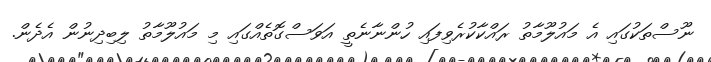
ނޫސްތަކުގައި އެ މައުލޫމާތު ރައްކާކުރެވިފައި ހުންނާނެތީ އަވަސްގޮތެއްގައި މި މައުލޫމާތު ލިބިދިނުން އެދެން.